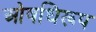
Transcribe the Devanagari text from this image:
ओषधिरूप